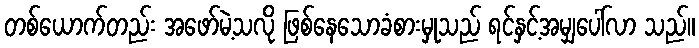
တစ်ယောက်တည်း အဖော်မဲ့သလို ဖြစ်နေသောခံစားမှုသည် ရင်နှင့်အမျှပေါ်လာ သည်။